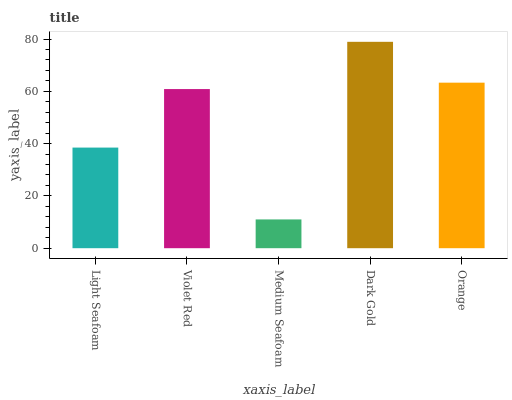
| xaxis_label | bars |
 | --- | --- |
 | Light Seafoam | 38.5 |
 | Violet Red | 60.9 |
 | Medium Seafoam | 11 |
 | Dark Gold | 78.9 |
 | Orange | 63.3 |